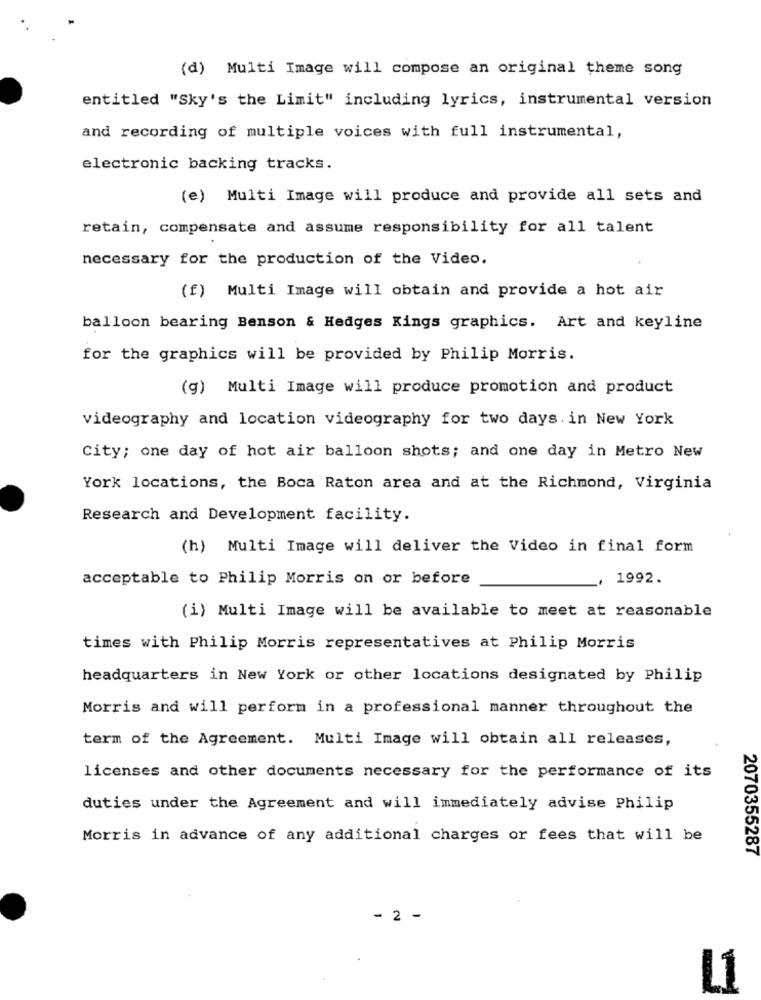
(d) Multi Image will compose an original theme song
entitled "Sky's the Limit" including lyrics, instrumental version
and recording of multiple voices with full instrumental,
electronic backing tracks.
(e) Multi Image will produce and provide all sets and
retain, compensate and assume responsibility for all talent
necessary for the production of the Video.
(f) Multi Image will obtain and provide a hot air
balloon bearing Benson & Hedges Kings graphics. Art and keyline
for the graphics will be provided by Philip Morris.
(g) Multi Image will produce promotion and product
videography and location videography for two days. in New York
City; one day of hot air balloon shots; and one day in Metro New
York locations, the Boca Raton area and at the Richmond, Virginia
Research and Development facility.
(h) Multi Image will deliver the Video in final form
acceptable to Philip Morris on or before
1992.
(i) Multi Image will be available to meet at reasonable
times with Philip Morris representatives at Philip Morris
headquarters in New York or other locations designated by Philip
Morris and will perform in a professional manner throughout the
term of the Agreement. Multi Image will obtain all releases,
licenses and other documents necessary for the performance of its
duties under the Agreement and will immediately advise Philip
Morris in advance of any additional charges or fees that will be
2070355287
- 2 -
L1